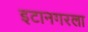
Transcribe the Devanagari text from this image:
इटानगरला